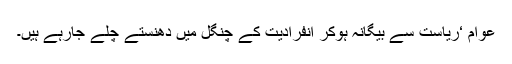
عوام ‘ریاست سے بیگانہ ہوکر انفرادیت کے چنگل میں دھنستے چلے جارہے ہیں۔